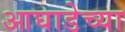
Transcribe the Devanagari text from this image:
आघाडेच्या